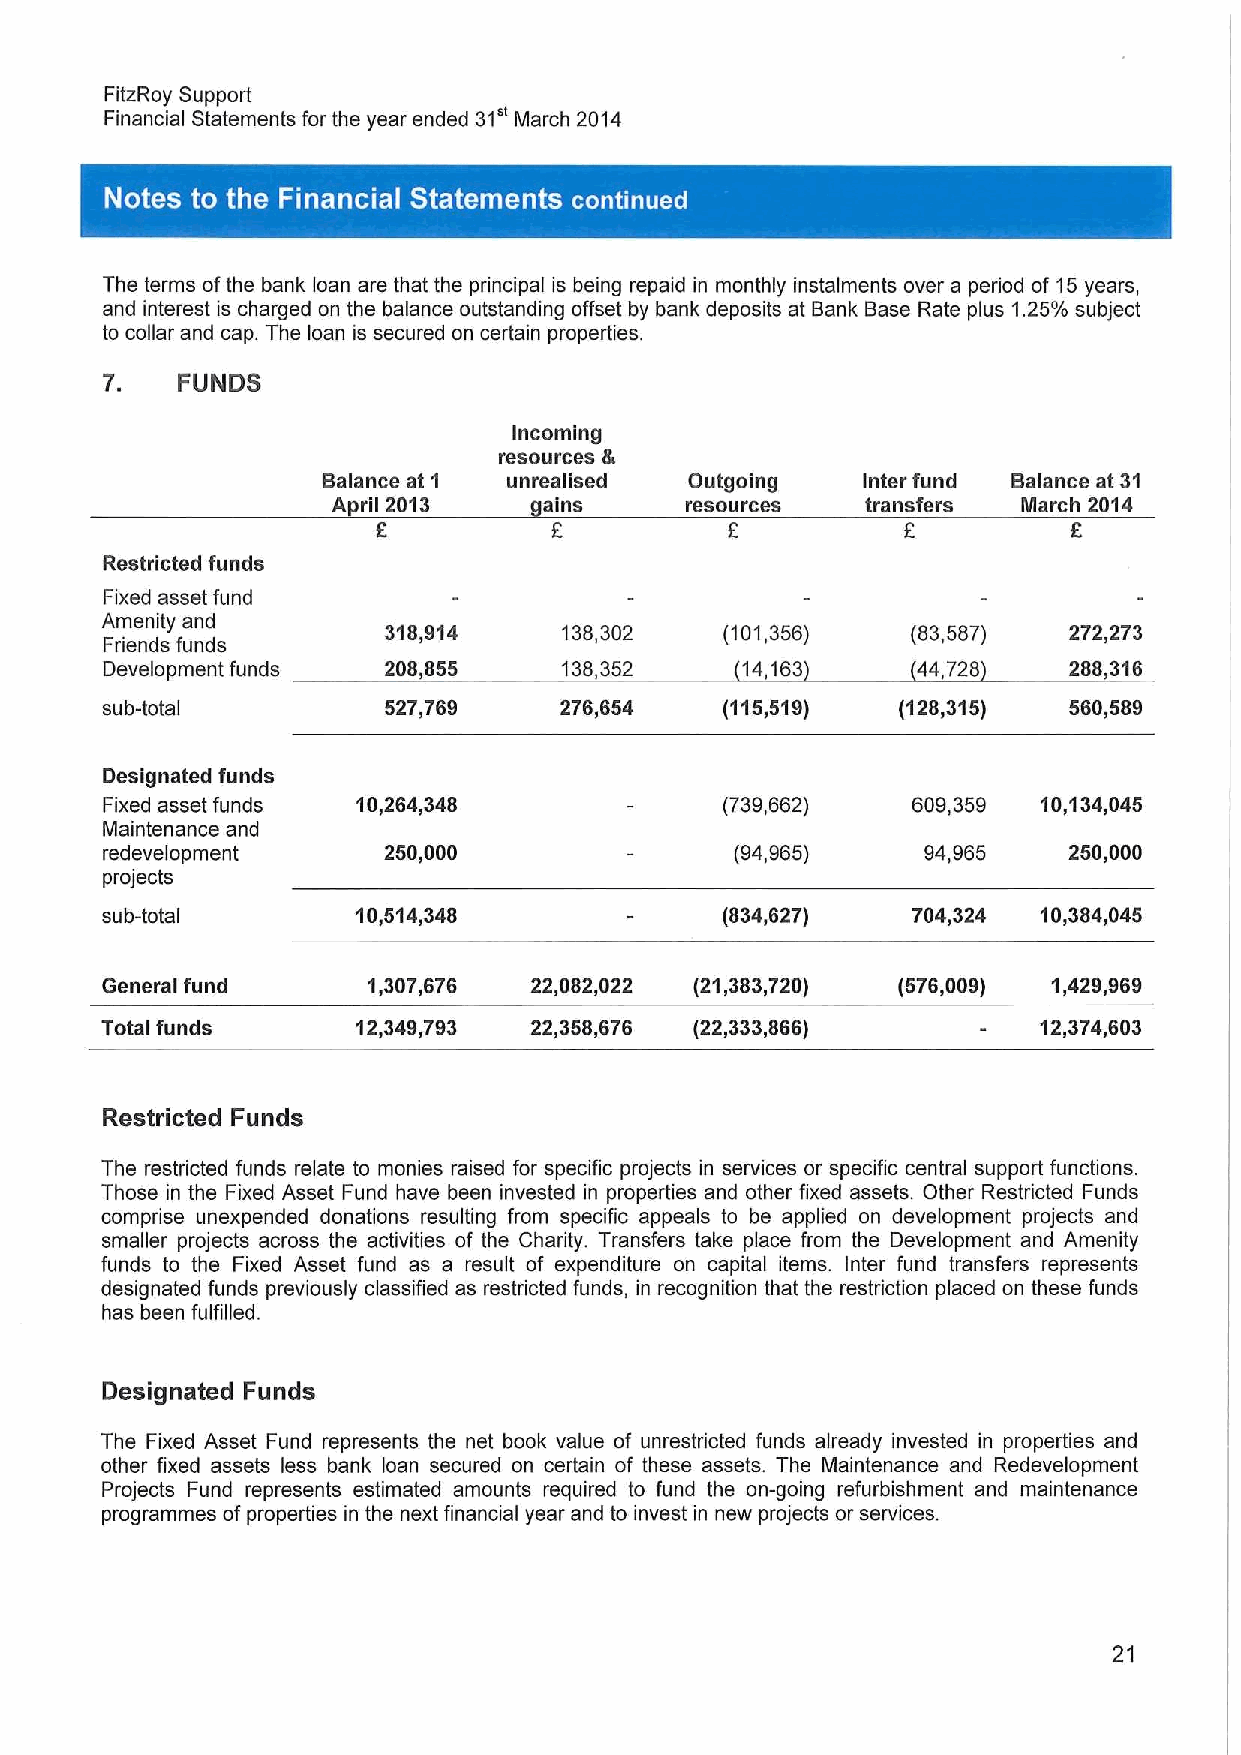
FitzRoy Support
 31"
 Financial Statements for the year ended March 2014
 ~     ~
 The terms ofthe bank loan are that the principal is being repaid in monthly instalments over a period of 15years,
 and interest is charged on the balance outstanding offset by bank deposits at Bank Base Rate plus 1.25%subject
 to collar and cap. The loan is secured on certain properties.
 7.   FUNDS
 Incoming
 resources 4
 Balance at 1 unrealised  Outgoing   Inter fund Balance at 31
 A ril 2013    ains     resources   transfers  March 2014
 Restricted funds
 Fixed asset fund
 Amenity and
 318,914     138,302    (101,356)   (83,587)   272,273
 Friends funds
 Development funds 208,855     138,352     14,163      44,728    288,316
 sub-total         527,769     276,654    (115,519)  (128,315)   560,589
 Designated funds
 Fixed asset funds 10,264,348             (739,662)   609,359  10,134,045
 Maintenance and
 redevelopment     250,000                 (94,965)    94,965    250,000
 projects
 sub-total        10,514,348              (834,627)   704,324  10,384,045
 General fund     1,307,676  22,082,022 (21,383,720) (576,009)  1,429,969
 Total funds      12,349,793 22,358,676 (22,333,866)           12,374,603
 Restricted Funds
 The restricted funds relate to monies raised for specific projects in services or specific central support functions.
 Those in the Fixed Asset Fund have been invested in properties and other fixed assets. Other Restricted Funds
 comprise unexpended donations resulting from specific appeals to be applied on development projects and
 smaller projects across the activities of the Charity. Transfers take place from the Development and Amenity
 funds to the Fixed Asset fund as a result of expenditure on capital items. Inter fund transfers represents
 designated funds previously classified as restricted funds, in recognition that the restriction placed on these funds
 has been fulfilled.
 Designated Funds
 The Fixed Asset Fund represents the net book value of unrestricted funds already invested in properties and
 other fixed assets less bank loan secured on certain of these assets. The Maintenance and Redevelopment
 Projects Fund represents estimated amounts required to fund the on-going refurbishment and maintenance
 programmes ofproperties in the next financial year and to invest in new projects or services.
 21